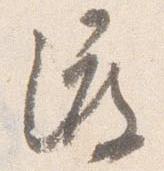
渡